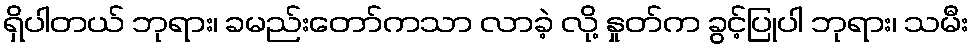
ရှိပါတယ် ဘုရား၊ ခမည်းတော်ကသာ လာခဲ့ လို့ နှုတ်က ခွင့်ပြုပါ ဘုရား၊ သမီး